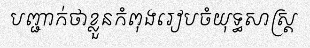
បញ្ជាក់ថាខ្លួនកំពុងរៀបចំយុទ្ធសាស្ត្រ